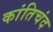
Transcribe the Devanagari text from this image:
कांतिचंद